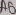
Text: A0